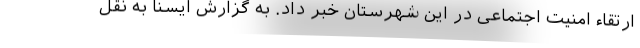
ارتقاء امنیت اجتماعی در این شهرستان خبر داد. به گزارش ایسنا به نقل